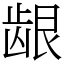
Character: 龈